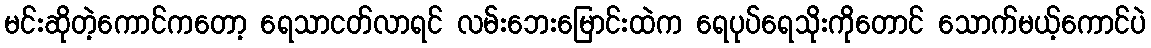
မင်းဆိုတဲ့ကောင်ကတော့ ရေသာငတ်လာရင် လမ်းဘေးမြောင်းထဲက ရေပုပ်ရေသိုးကိုတောင် သောက်မယ့်ကောင်ပဲ